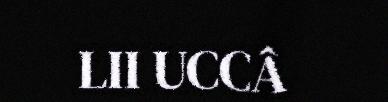
LII UCCÂ